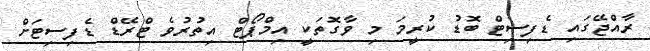
ރާއްޖޭގައި ޑެފިސިޓް ބޮޑު ކުރީމަ މި ވާގޮތަކީ އިމްޕޯޓް އިތުރުވެ ޓްރޭޑް ޑެފިސިޓަށް